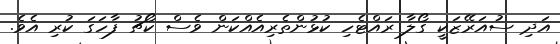
އަދި ސުއަރޭޒަކީ ގޯލާ ރައްޓެހި ކުޅުންތެރިއެއްކަން ވެސް ކޯޗު ފާހަގަ ކުރި އެވެ.